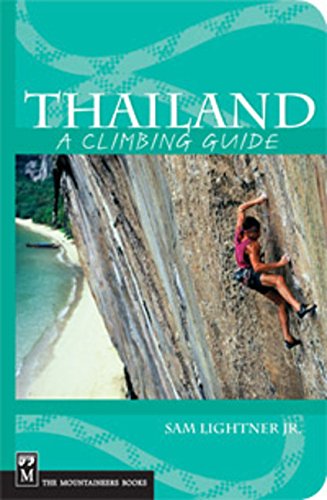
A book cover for Thailand: A Climbing Guide (Climbing Guides); Sam Lightner Jr.; Sports & Outdoors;